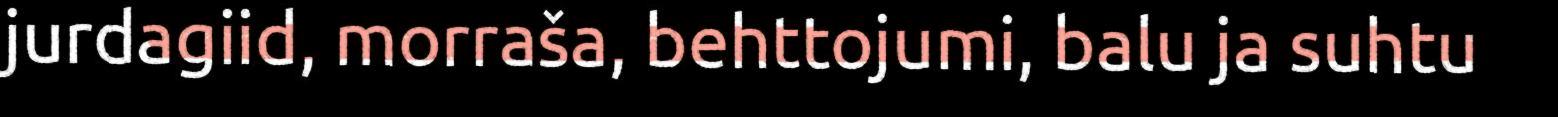
jurdagiid, morraša, behttojumi, balu ja suhtu